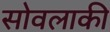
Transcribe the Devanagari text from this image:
सोवलाकी